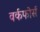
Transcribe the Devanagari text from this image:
वर्कफोर्स